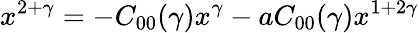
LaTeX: x^{2+\gamma}=-C_{00}(\gamma)x^{\gamma}-aC_{00}(\gamma)x^{1+2\gamma}